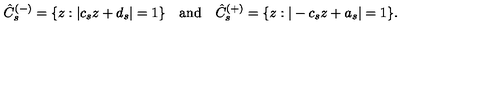
\hat { C } _ { s } ^ { ( - ) } = \{ z : | c _ { s } z + d _ { s } | = 1 \} \quad \mathrm { a n d } \quad \hat { C } _ { s } ^ { ( + ) } = \{ z : | - c _ { s } z + a _ { s } | = 1 \} .